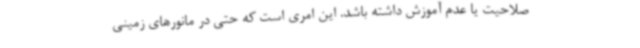
صلاحیت یا عدم آموزش داشته باشد. این امری است که حتی در مانورهای زمینی